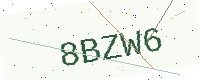
Text: 8BZW6